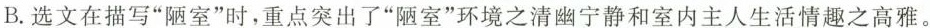
B.选文在描写”陋室”时，重点突出了”陋室”环境之清幽宁静和室内主人生活情趣之高雅。